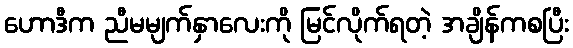
ဟောဒီက ညီမမျက်နှာလေးကို မြင်လိုက်ရတဲ့ အချိန်ကစပြီး